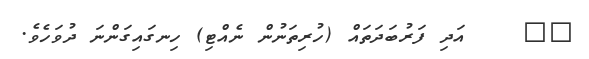
١٠    އަދި ފަރުބަދަތައް (ހުރިތަނުން ނެއްޓި) ހިނގައިގަންނަ ދުވަހެވެ.